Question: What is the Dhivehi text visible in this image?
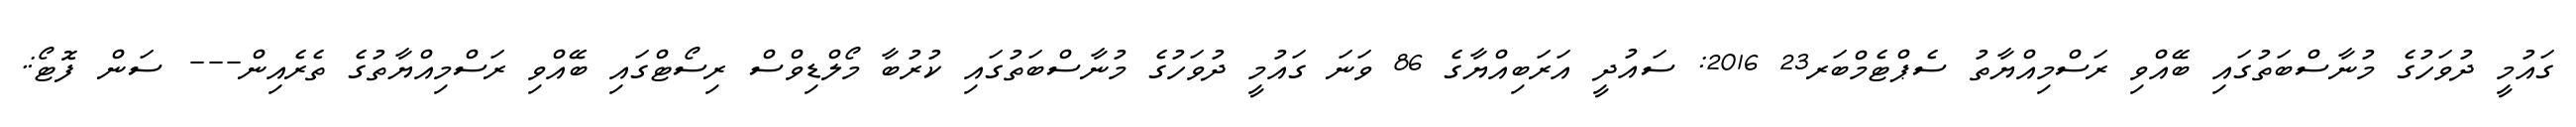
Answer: ގައުމީ ދުވަހުގެ މުނާސްބަތުގައި ބޭއްވި ރަސްމިއްޔާތު ސެޕްޓެމްބަރ23 2016: ސައުދީ އަރަބިއްޔާގެ 86 ވަނަ ގައުމީ ދުވަހުގެ މުނާސްބަތުގައި ކުރުބާ މޯލްޑިވްސް ރިސޯޓްގައި ބޭއްވި ރަސްމިއްޔާތުގެ ތެރެއިން--- ސަން ފޮޓޯ:.